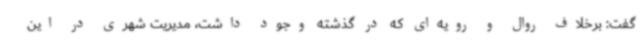
گفت: برخلاف روال و رویه‌ای که در گذشته وجود داشت، مدیریت شهری در این